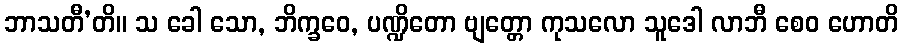
ဘာသတီ’တိ။ သ ခေါ သော, ဘိက္ခဝေ, ပဏ္ဍိတော ဗျတ္တော ကုသလော သူဒေါ လာဘီ စေဝ ဟောတိ